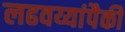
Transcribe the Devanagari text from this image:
लढवय्यांपैकी